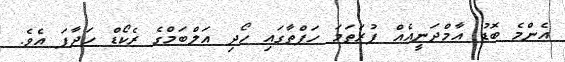
އެންމެ ބޮޑު އާމްދަނީއެއް ފުރަތަމަ ހަފްތާގައި ހޯދި އަލްބަމްގެ ރެކޯޑް ހަދާފަ އެވެ.